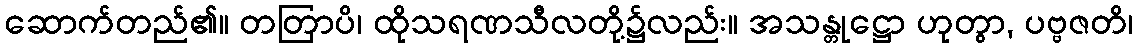
ဆောက်တည်၏။ တတြာပိ၊ ထိုသရဏသီလတို့၌လည်း။ အသန္တုဋ္ဌော ဟုတွာ, ပဗ္ဗဇတိ၊